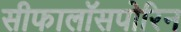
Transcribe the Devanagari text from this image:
सीफालॉसपोरिन